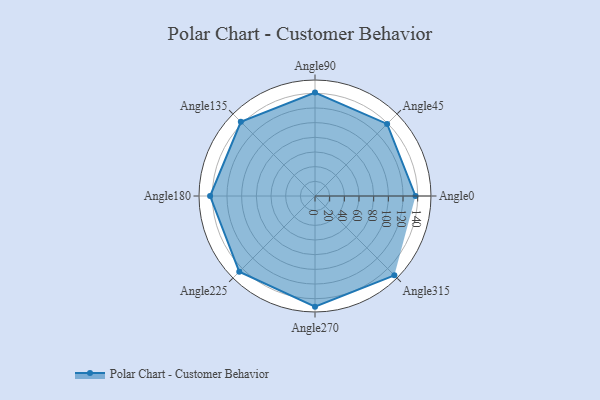
{"axis": {"x": "Angle", "y": "Radius"}, "legend": [""], "data": [{"x": "Angle0", "y": 137.0, "type": ""}, {"x": "Angle45", "y": 139.0, "type": ""}, {"x": "Angle90", "y": 141.0, "type": ""}, {"x": "Angle135", "y": 143.0, "type": ""}, {"x": "Angle180", "y": 143.0, "type": ""}, {"x": "Angle225", "y": 146.0, "type": ""}, {"x": "Angle270", "y": 151.0, "type": ""}, {"x": "Angle315", "y": 153.0, "type": ""}]}